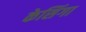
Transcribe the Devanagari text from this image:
केसिंगा